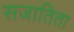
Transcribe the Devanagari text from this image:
सजातिता